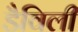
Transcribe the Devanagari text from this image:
डैविली